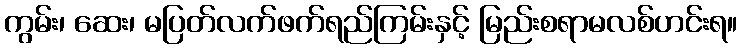
ကွမ်း၊ ဆေး၊ မပြတ်လက်ဖက်ရည်ကြမ်းနှင့် မြည်းစရာမလစ်ဟင်းရ။